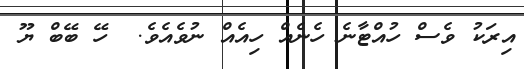
އިރަކު ވެސް ހުއްޓާނެ ހެނެއް ހިއެއް ނުވެއެވެ.  ހޭ ބޭބް ޔޫ